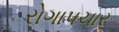
રોગાપચાર